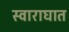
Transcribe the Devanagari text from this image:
स्वाराघात